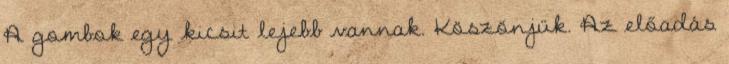
A gombok egy kicsit lejebb vannak. Köszönjük. Az előadás